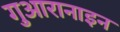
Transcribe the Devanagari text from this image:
गुआरानाइन